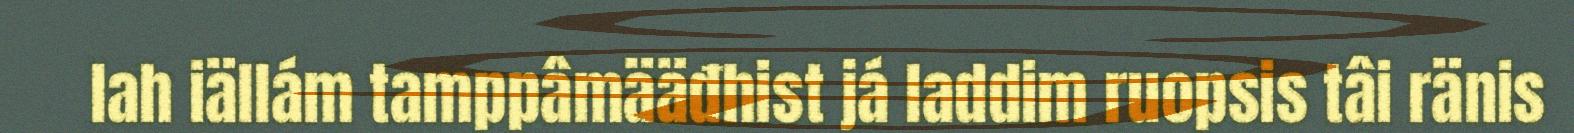
lah iällám tamppâmääđhist já laddim ruopsis tâi ränis